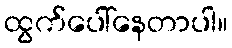
ထွက်ပေါ်နေတာပါ။